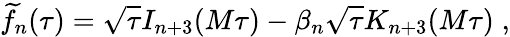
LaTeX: {\widetilde f}_{n}(\tau)=\sqrt{\tau}I_{n+3}(M\tau)-\beta_{n}\sqrt{\tau}K_{n+3}(M\tau)\; ,